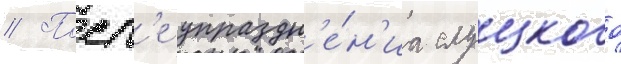
// Посл'е упраздн'е́н'иа слуцкого